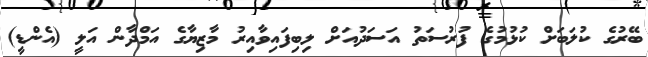
ބޭރުގެ ކުލަބަށް ކުޅުމުގެ ފުރުސަތު އަސަދުއަށް ލިބިފައިވާއިރު މާޒިޔާގެ އަމްދާން އަލީ (އެންޑީ)